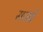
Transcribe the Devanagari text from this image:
सतवें